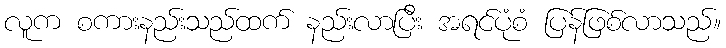
လူက စကားနည်းသည်ထက် နည်းလာပြီး အရင်ပုံစံ ပြန်ဖြစ်လာသည်။